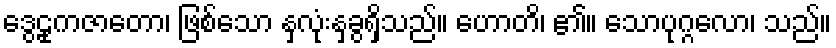
ဒွေဠုကဇာတော၊ ဖြစ်သော နှလုံးနှခွရှိသည်။ ဟောတိ၊ ၏။ သောပုဂ္ဂလော၊ သည်။